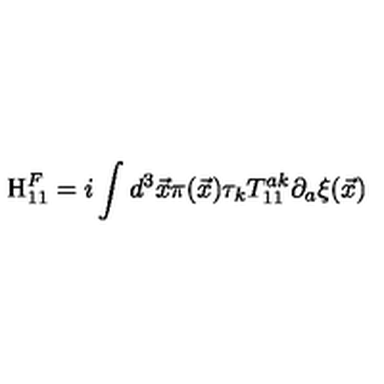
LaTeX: \mathrm { H } _ { 1 1 } ^ { F } = i \int d ^ { 3 } { \vec { x } } \pi ( { \vec { x } } ) \tau _ { k } T _ { 1 1 } ^ { a k } \partial _ { a } { \xi } ( \vec { x } )